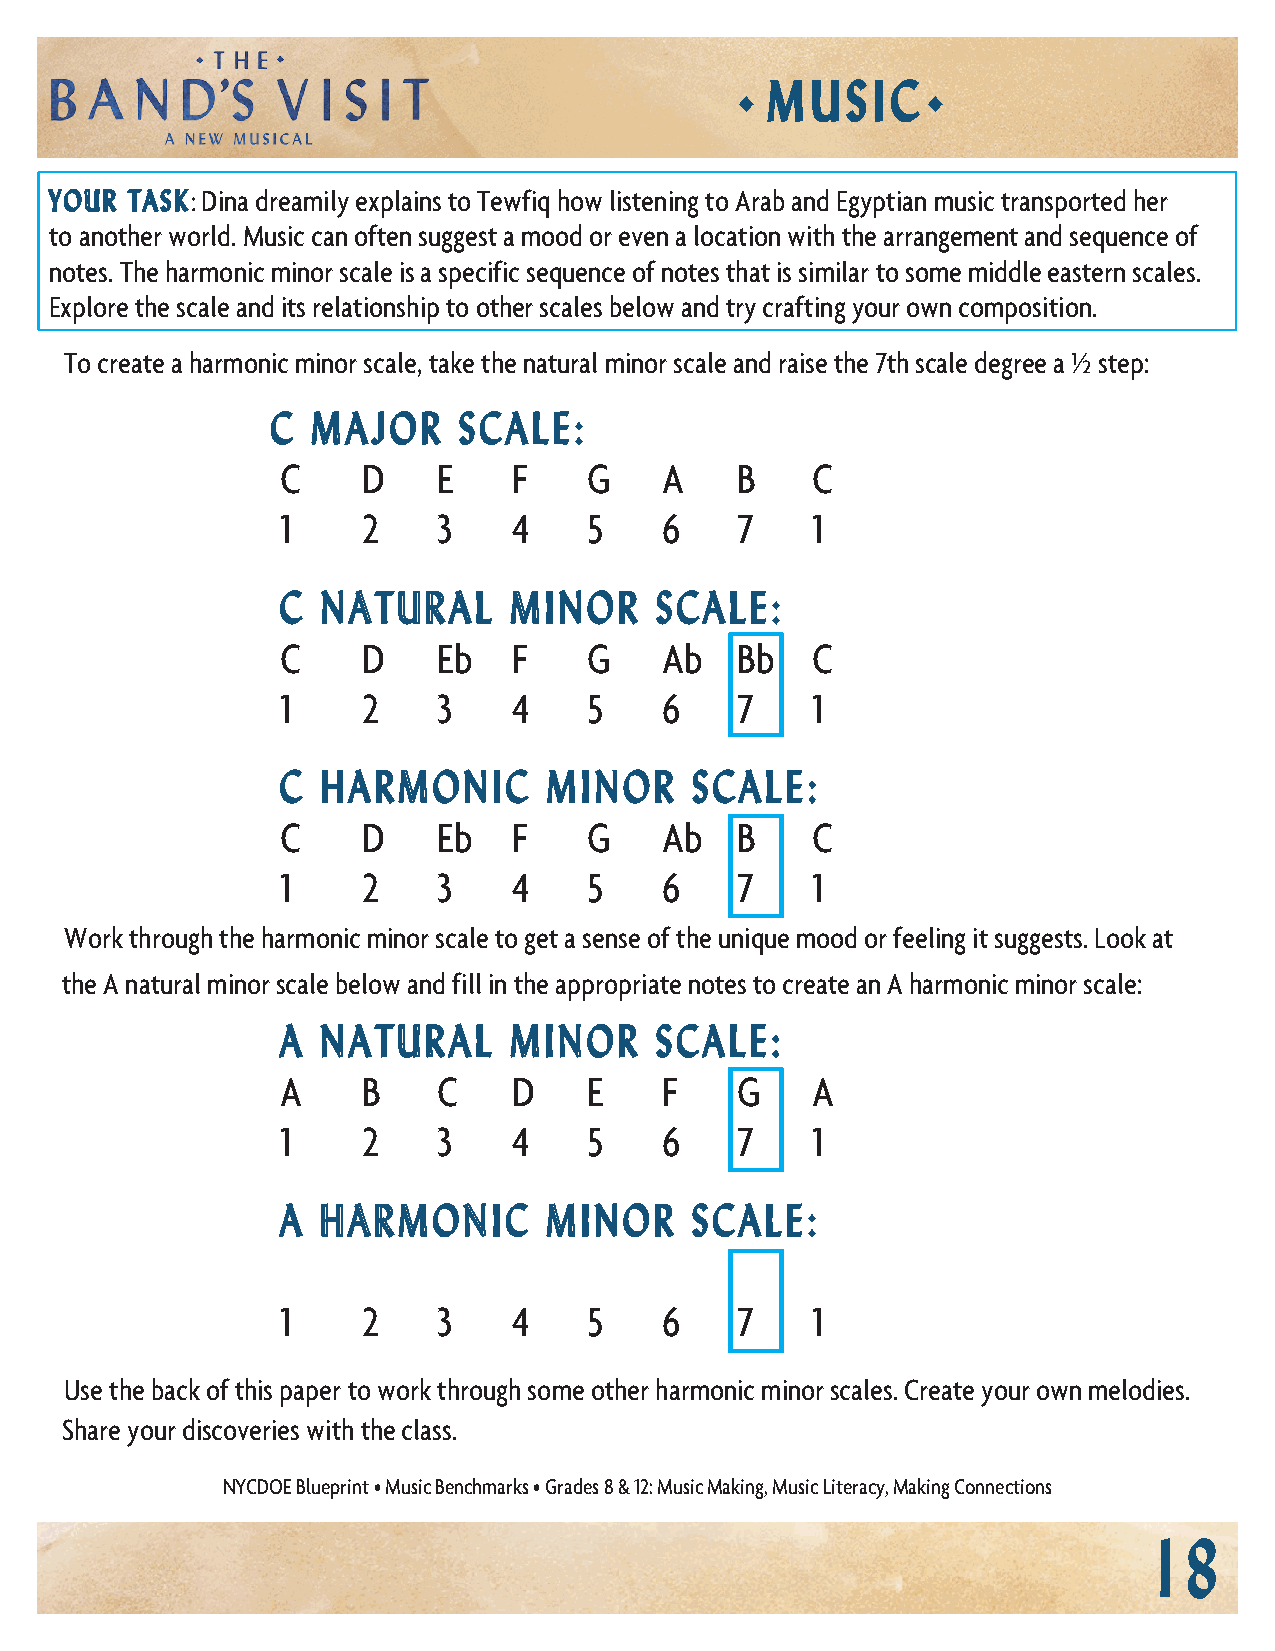
M  U S I C
 ◆           ◆
 YOUR TASK: Dina dreamily explains to Tewfiq how listening to Arab and Egyptian music transported her
 to another world. Music can often suggest a mood or even a location with the arrangement and sequence of
 notes. The harmonic minor scale is a specific sequence of notes that is similar to some middle eastern scales.
 Explore the scale and its relationship to other scales below and try crafting your own composition.
 To create a harmonic minor scale, take the natural minor scale and raise the 7th scale degree a ½ step:
 C  MAJOR    SCALE:
 C    D    E    F    G    A    B    C
 1    2    3    4    5    6    7    1
 C NATURAL      MINOR    SCALE:
 C    D    Eb   F    G    Ab   Bb   C
 1    2    3    4    5    6    7    1
 C HARMONIC       MINOR     SCALE:
 C    D    Eb   F    G    Ab   B    C
 1    2    3    4    5    6    7    1
 Work through the harmonic minor scale to get a sense of the unique mood or feeling it suggests. Look at
 the A natural minor scale below and fill in the appropriate notes to create an A harmonic minor scale:
 A NATURAL      MINOR    SCALE:
 A    B    C    D    E    F    G    A
 1    2    3    4    5    6    7    1
 A HARMONIC       MINOR     SCALE:
 1    2    3    4    5    6    7    1
 Use the back of this paper to work through some other harmonic minor scales. Create your own melodies.
 Share your discoveries with the class.
 NYCDOE Blueprint • Music Benchmarks • Grades 8 & 12: Music Making, Music Literacy, Making Connections
 18